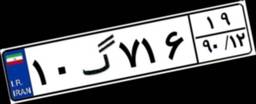
۳۸گ۳۴۷۰۱